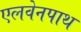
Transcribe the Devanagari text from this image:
एलवेनपाथ